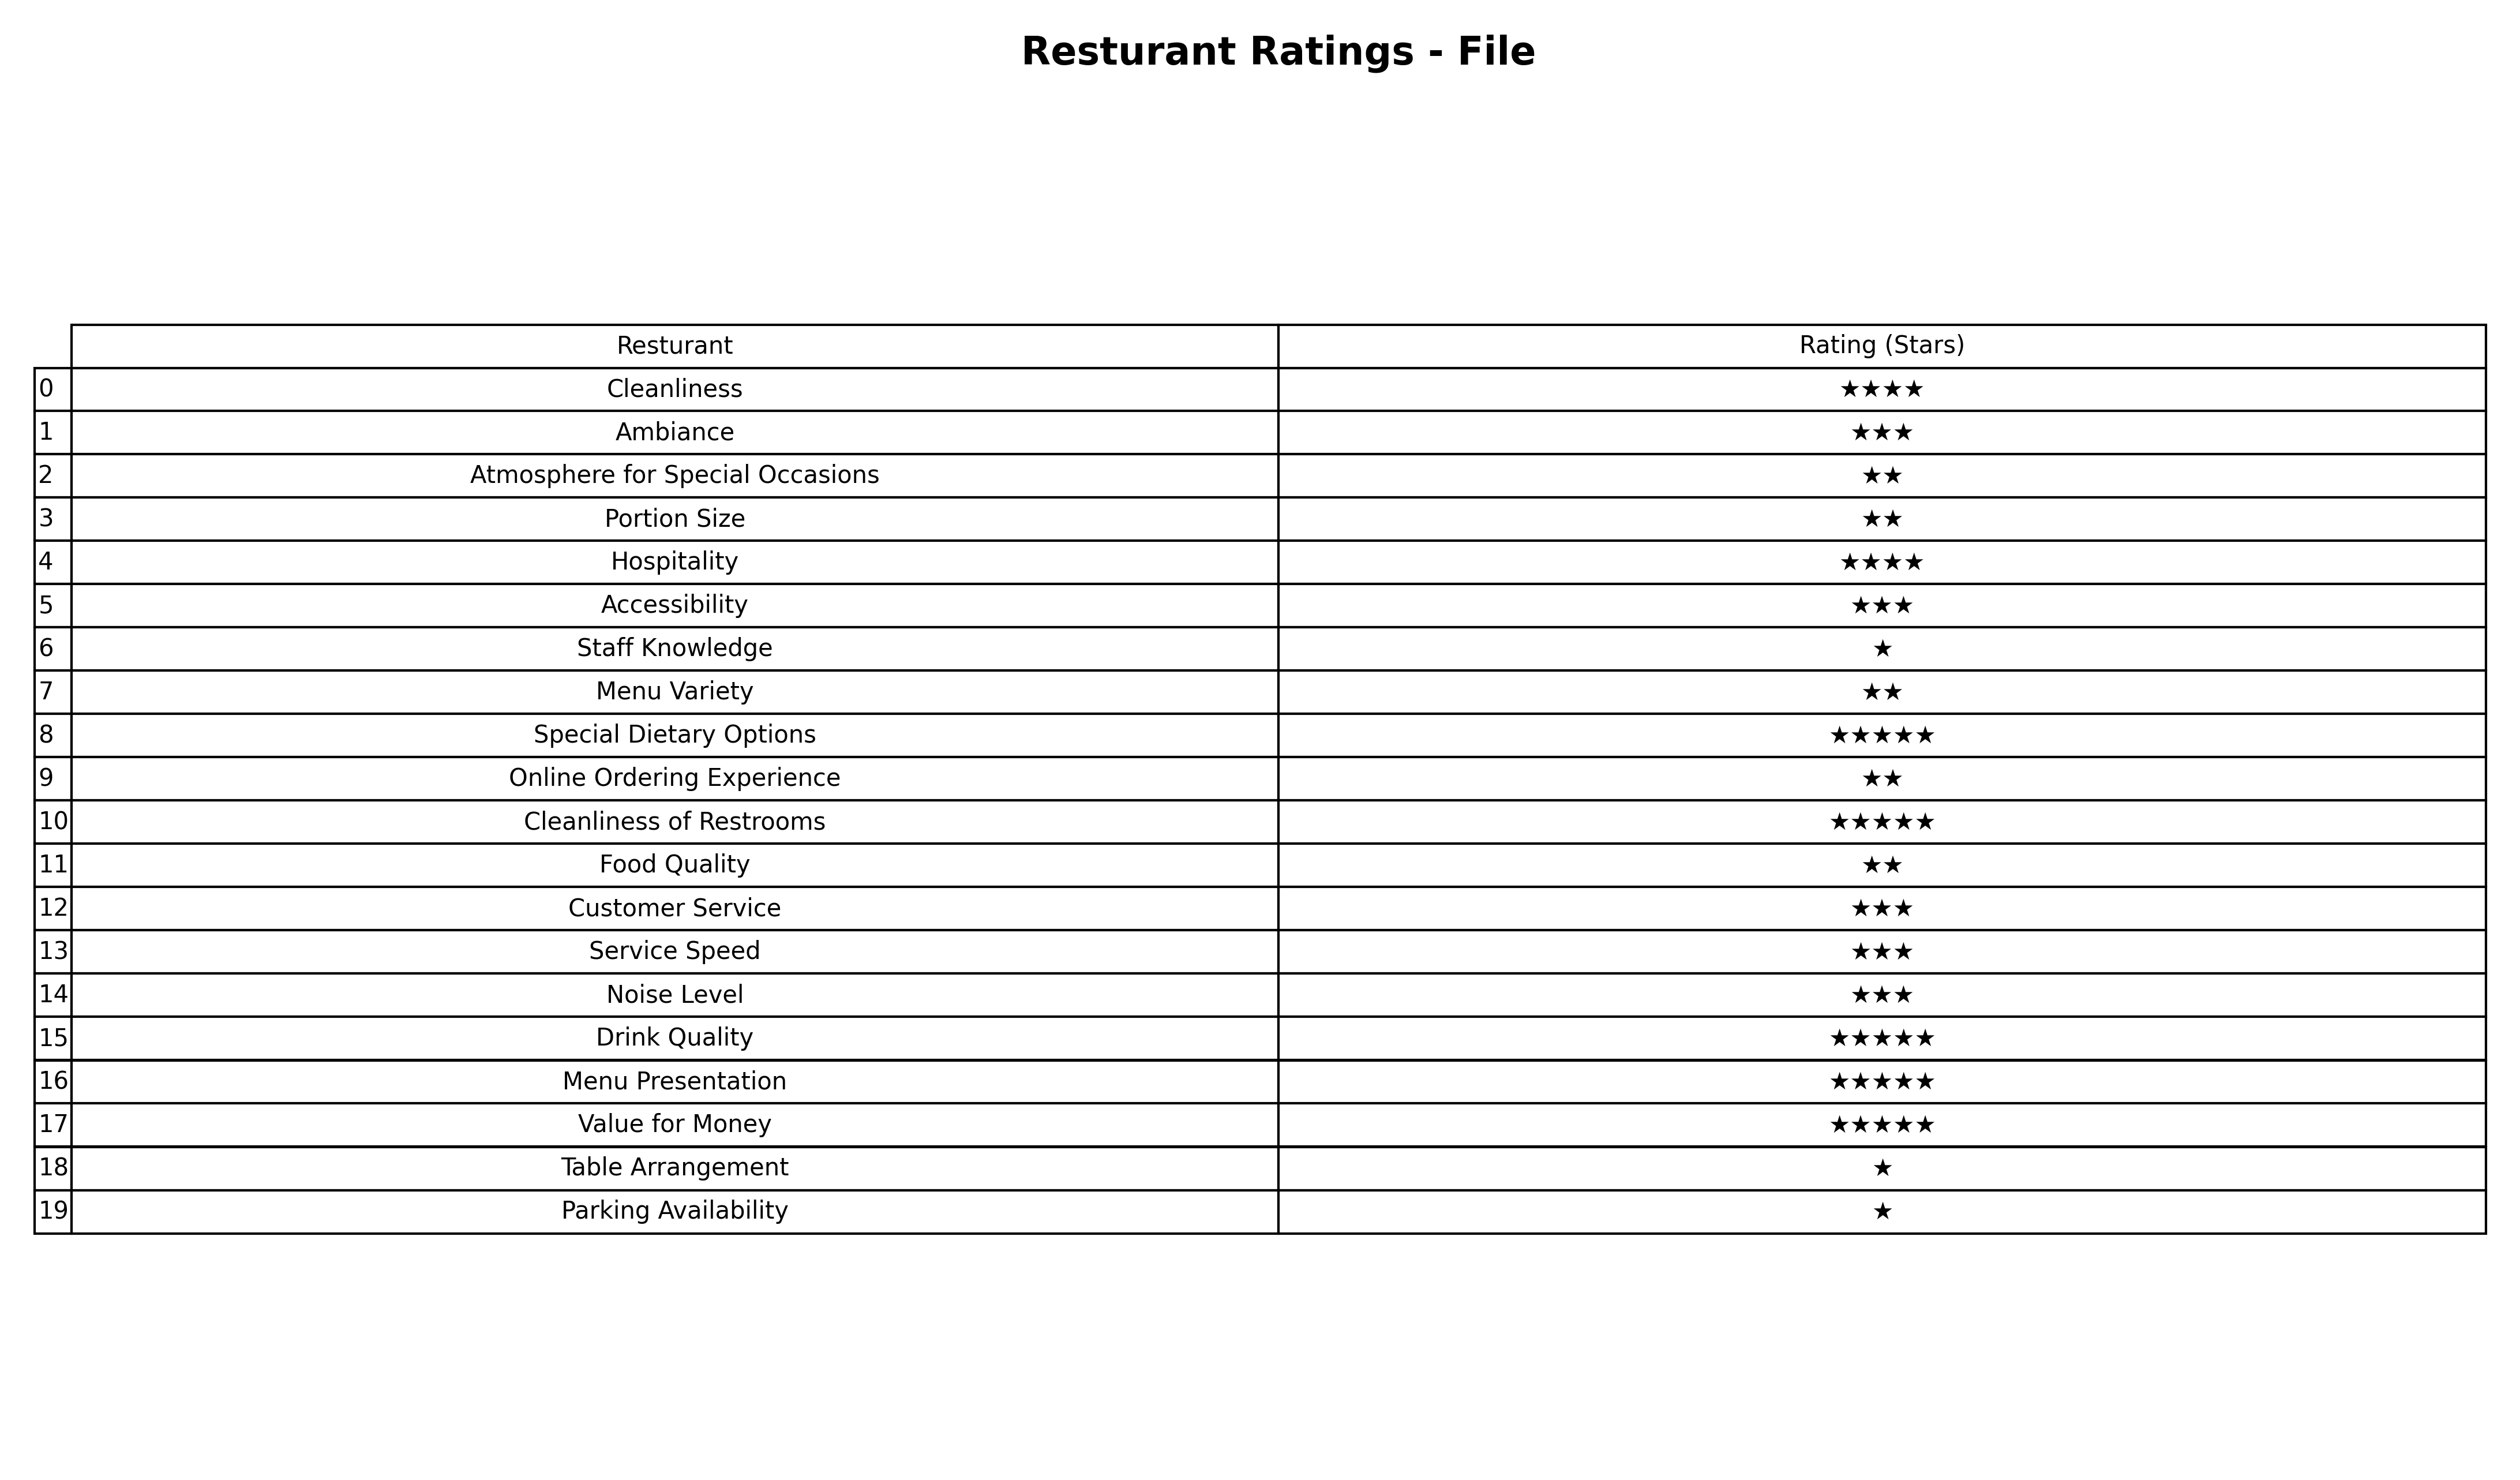
question: Which services are rated average?
answer: AmbianceAccessibilityCustomer ServiceService SpeedNoise Level